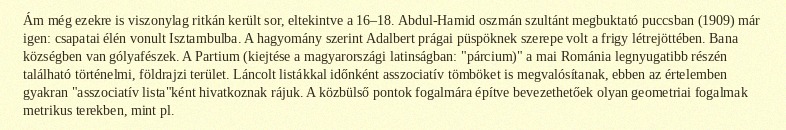
Ám még ezekre is viszonylag ritkán került sor, eltekintve a 16–18. Abdul-Hamid oszmán szultánt megbuktató puccsban (1909) már igen: csapatai élén vonult Isztambulba. A hagyomány szerint Adalbert prágai püspöknek szerepe volt a frigy létrejöttében. Bana községben van gólyafészek. A Partium (kiejtése a magyarországi latinságban: "párcium)" a mai Románia legnyugatibb részén található történelmi, földrajzi terület. Láncolt listákkal időnként asszociatív tömböket is megvalósítanak, ebben az értelemben gyakran "asszociatív lista"ként hivatkoznak rájuk. A közbülső pontok fogalmára építve bevezethetőek olyan geometriai fogalmak metrikus terekben, mint pl.